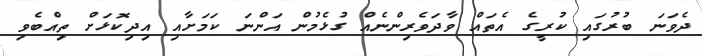
ދެވަނަ ބުރުގައި ކުރީގެ އެތައް ވާދަވެރިންނެއް ގުޅެމުން އަންނަ ކަމަށާއި އިދިކޮޅަށް ތިއްބެވި